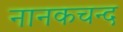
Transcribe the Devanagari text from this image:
नानकचन्द